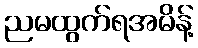
ညမထွက်ရအမိန့်